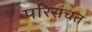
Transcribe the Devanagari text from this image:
परिसंचत